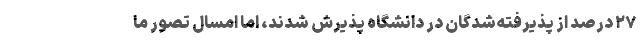
۲۷ درصد از پذیرفته‌شدگان در دانشگاه پذیرش شدند، اما امسال تصور ما